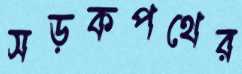
সড়কপথের